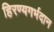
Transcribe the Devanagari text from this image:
हिरण्यगर्भदान